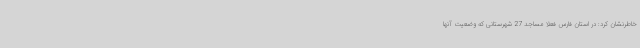
خاطرنشان کرد: در استان فارس فعلاً مساجد 27 شهرستانی که وضعیت آنها